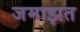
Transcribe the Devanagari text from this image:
जमाझत